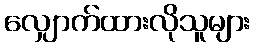
လျှောက်ထားလိုသူများ